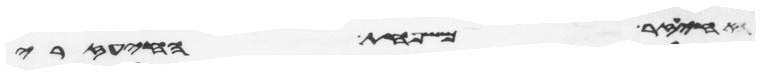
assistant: איעזר משפחת האיעזרי